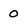
Character: 0